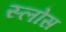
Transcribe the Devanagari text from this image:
स्लोस